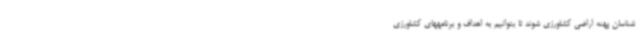
شناسان پهنه اراضی کشاورزی شوند تا بتوانیم به اهداف و برنامههای کشاورزی